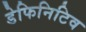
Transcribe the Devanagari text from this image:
डेफिनिटिव